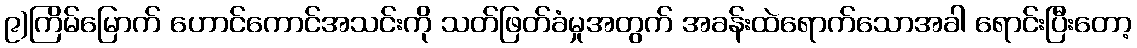
၉)ကြိမ်မြောက် ဟောင်ကောင်အသင်းကို သတ်ဖြတ်ခံမှုအတွက် အခန်းထဲရောက်သောအခါ ရောင်းပြီးတော့